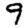
Digit: 9